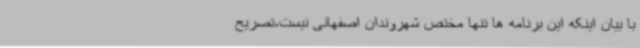
با بیان اینکه این برنامه ها تنها مختص شهروندان اصفهانی نیست،تصریح